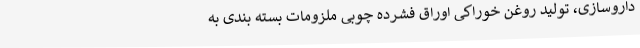
داروسازی، تولید روغن خوراکی اوراق فشرده چوبی ملزومات بسته بندی به